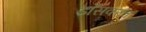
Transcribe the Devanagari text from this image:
डॉसवरच